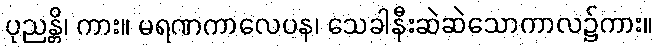
ပုညန္တိ၊ ကား။ မရဏကာလေပန၊ သေခါနီးဆဲဆဲသောကာလ၌ကား။